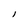
Character: l